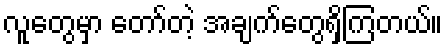
လူတွေမှာ တော်တဲ့ အချက်တွေရှိကြတယ်။